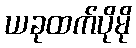
ယခုထက်ပိုမို